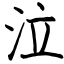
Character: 泣